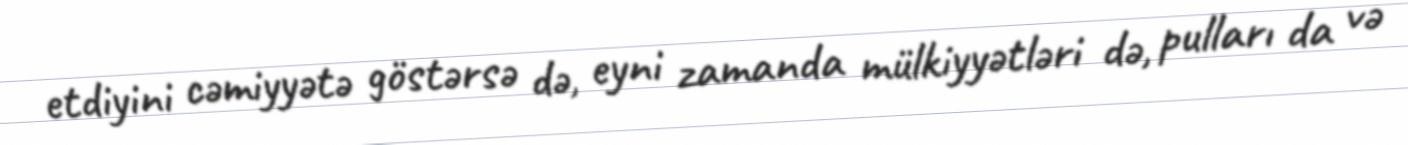
etdiyini cəmiyyətə göstərsə də, eyni zamanda mülkiyyətləri də, pulları da və